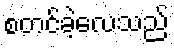
စတင်ခဲ့လေသည်